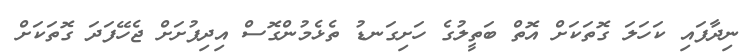
ނިދާފައި ކަހަލަ ގޮތަކަށް އޮތް ބަތީލުގެ ހަށިގަނޑު ތެޅެމުންގޮސް އިދިފުށަށް ޖެހޭފަދަ ގޮތަކަށް